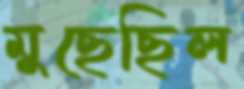
মুছেছিল